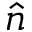
\hat { n }